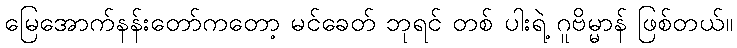
မြေအောက်နန်းတော်ကတော့ မင်ခေတ် ဘုရင် တစ် ပါးရဲ့ ဂူဗိမ္မာန် ဖြစ်တယ်။